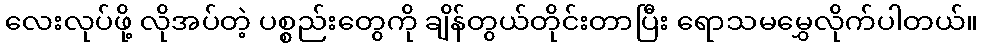
လေးလုပ်ဖို့ လိုအပ်တဲ့ ပစ္စည်းတွေကို ချိန်တွယ်တိုင်းတာပြီး ရောသမမွှေလိုက်ပါတယ်။